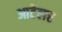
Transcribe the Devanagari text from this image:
आटेलर